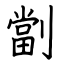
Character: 劏